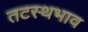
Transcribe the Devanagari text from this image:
तटस्थभाव